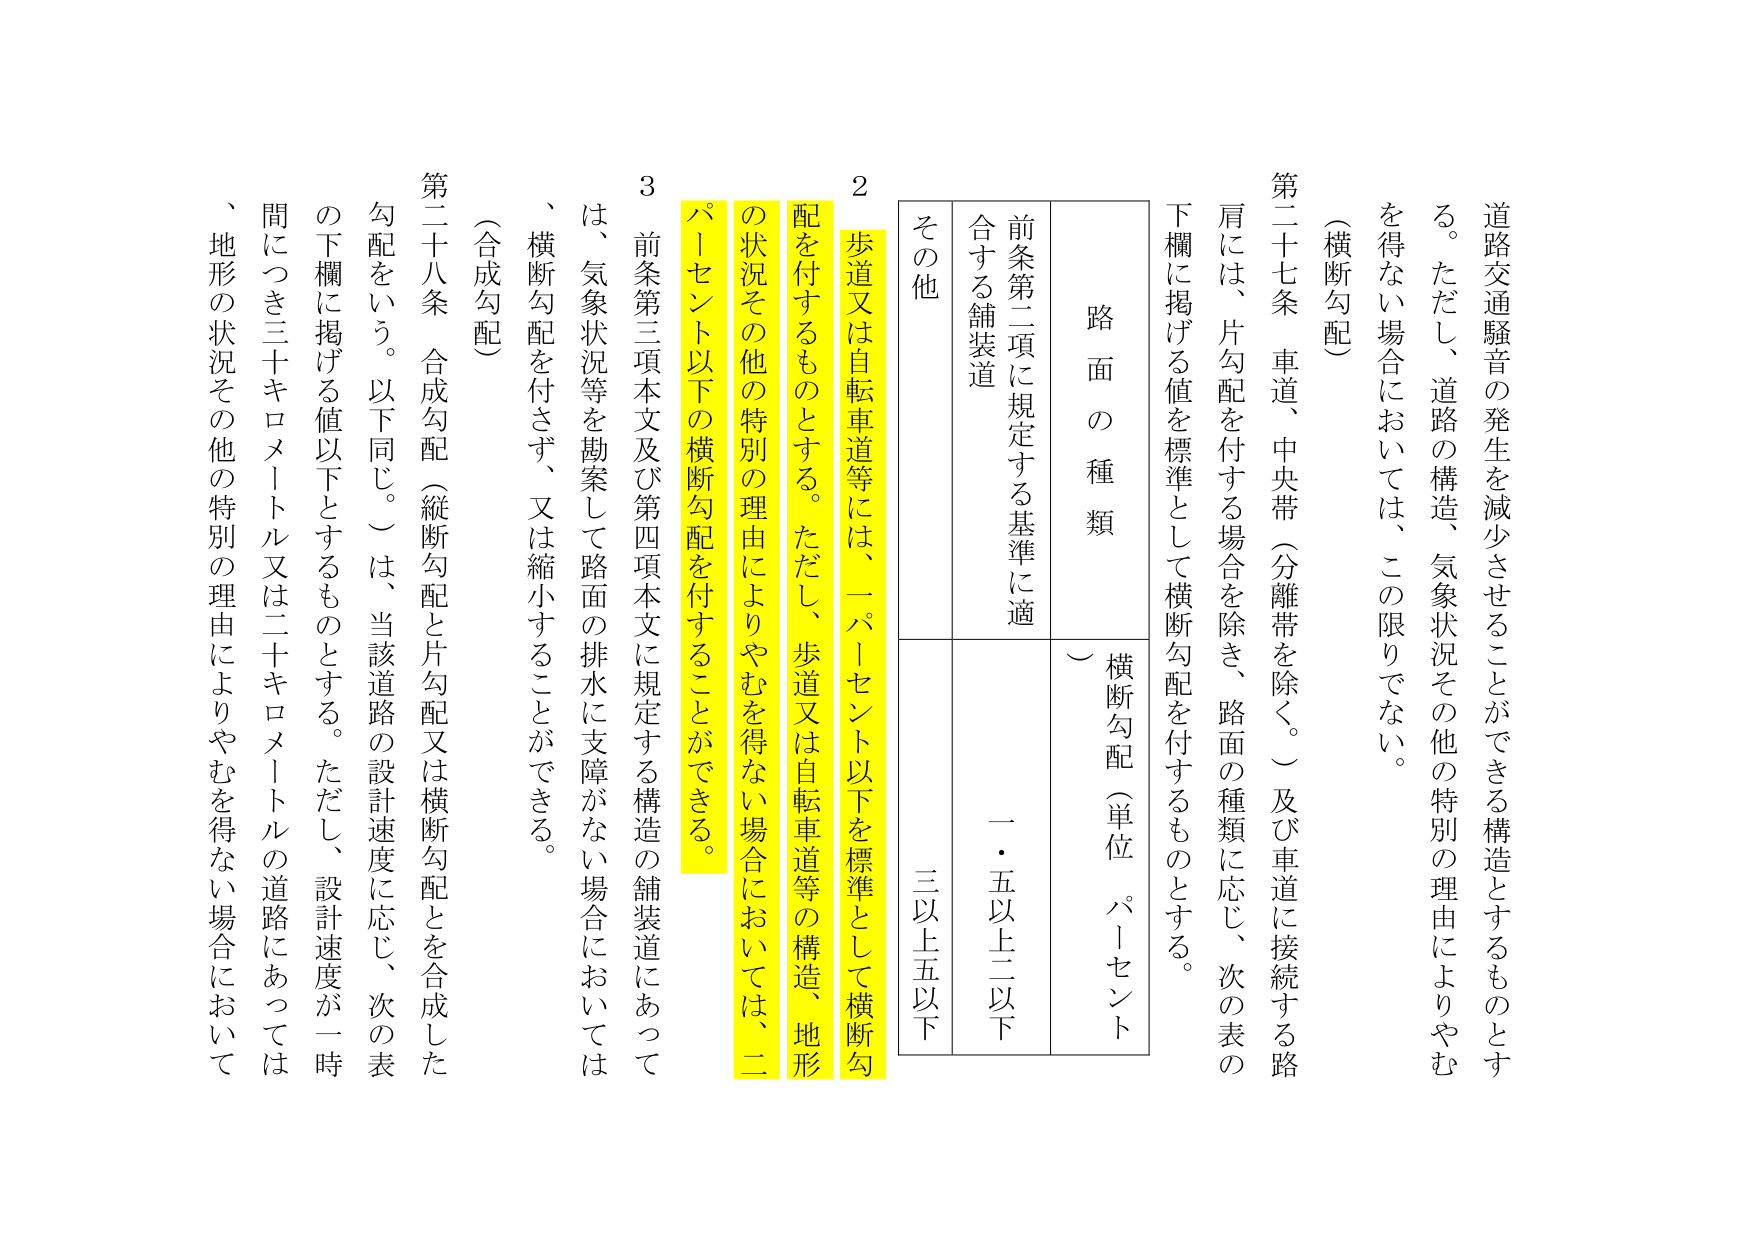
道路交通騒音の発生を減少させることができる構造とするものとする。ただし、道路の構造、気象状況その他の特別の理由によりやむを得ない場合においては、この限りでない。

（横断勾配）

第二十七条　車道、中央帯（分離帯を除く。）及び車道に接続する路肩には、片勾配を付する場合を除き、路面の種類に応じ、次の表の下欄に掲げる値を標準として横断勾配を付するものとする。

　　路面の種類　　　　　横断勾配（単位　パーセント）
　　前条第二項に規定する基準に適合する舗装道　　　一・五以上二以下
　　その他　　　　　　　　三以上五以下

2　歩道又は自転車道等には、一パーセント以下を標準として横断勾配を付するものとする。ただし、歩道又は自転車道等の構造、地形の状況その他の特別の理由によりやむを得ない場合においては、二パーセント以下の横断勾配を付することができる。

3　前条第三項本文及び第四項本文に規定する構造の舗装道にあっては、気象状況等を勘案して路面の排水に支障がない場合においては、横断勾配を付さず、又は縮小することができる。

（合成勾配）

第二十八条　合成勾配（縦断勾配と片勾配又は横断勾配とを合成した勾配をいう。以下同じ。）は、当該道路の設計速度に応じ、次の表の下欄に掲げる値以下とするものとする。ただし、設計速度が一時間につき三十キロメートル又は二十キロメートルの道路にあっては、地形の状況その他の特別の理由によりやむを得ない場合において